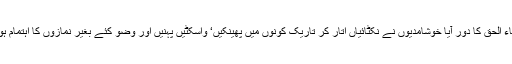
پھر ضیاء الحق کا دور آیا خوشامدیوں نے نکٹائیاں اتار کر تاریک کونوں میں پھینکیں‘ واسکٹیں پہنیں اور وضو کئے بغیر نمازوں کا اہتمام ہونے لگا۔